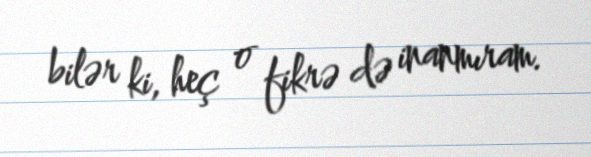
bilər ki, heç o fikrə də inanmıram.